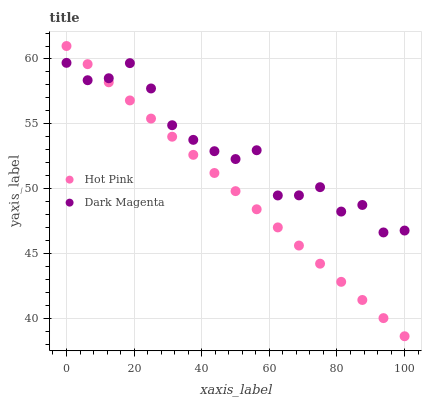
| xaxis_label | Hot Pink | Dark Magenta |
 | --- | --- | --- |
 | 0 | 61 | 59.7 |
 | 6.25 | 59.6 | 58.4 |
 | 12.5 | 58.2 | 58.5 |
 | 18.8 | 56.8 | 59.7 |
 | 25 | 55.4 | 57.7 |
 | 31.2 | 54 | 54.9 |
 | 37.5 | 52.6 | 53.8 |
 | 43.8 | 51.2 | 52.9 |
 | 50 | 49.8 | 52.3 |
 | 56.2 | 48.4 | 53 |
 | 62.5 | 47 | 49.5 |
 | 68.8 | 45.6 | 49.5 |
 | 75 | 44.2 | 50.1 |
 | 81.2 | 42.8 | 48.2 |
 | 87.5 | 41.4 | 48.7 |
 | 93.8 | 40 | 46.6 |
 | 100 | 38.6 | 46.8 |